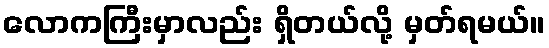
လောကကြီးမှာလည်း ရှိတယ်လို့ မှတ်ရမယ်။